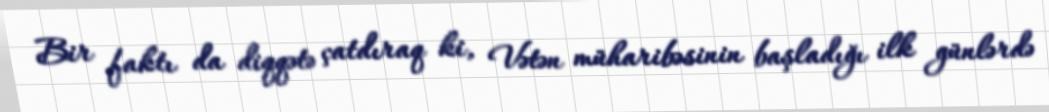
Bir faktı da diqqətə çatdıraq ki, Vətən müharibəsinin başladığı ilk günlərdə